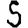
Digit: 5